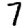
Digit: 7